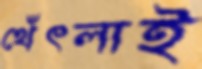
থেঁৎলাই